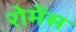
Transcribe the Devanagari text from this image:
रोमेंस